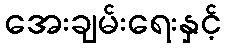
အေးချမ်းရေးနှင့်